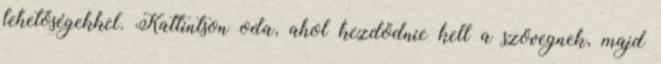
lehetőségekkel. Kattintson oda, ahol kezdődnie kell a szövegnek, majd